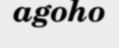
agoho